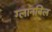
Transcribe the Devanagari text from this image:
ग्लानबिल